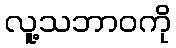
လူ့သဘာဝကို